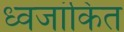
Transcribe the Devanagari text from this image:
ध्वजांकित